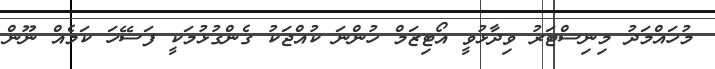
މުހައްމަދު މިނިސްޓަރު ވިދާޅުވީ އޯޓިޒަމް ހުންނަ ކުއްޖަކު ގެންގުޅުމަކީ ފަސޭހަ ކަމެއް ނޫން